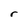
Character: r